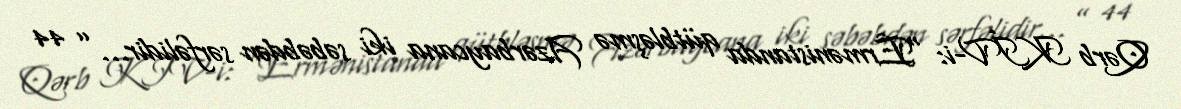
Qərb KİV-i: “Ermənistanda qütbləşmə Azərbaycana iki səbəbdən sərfəlidir...” 44